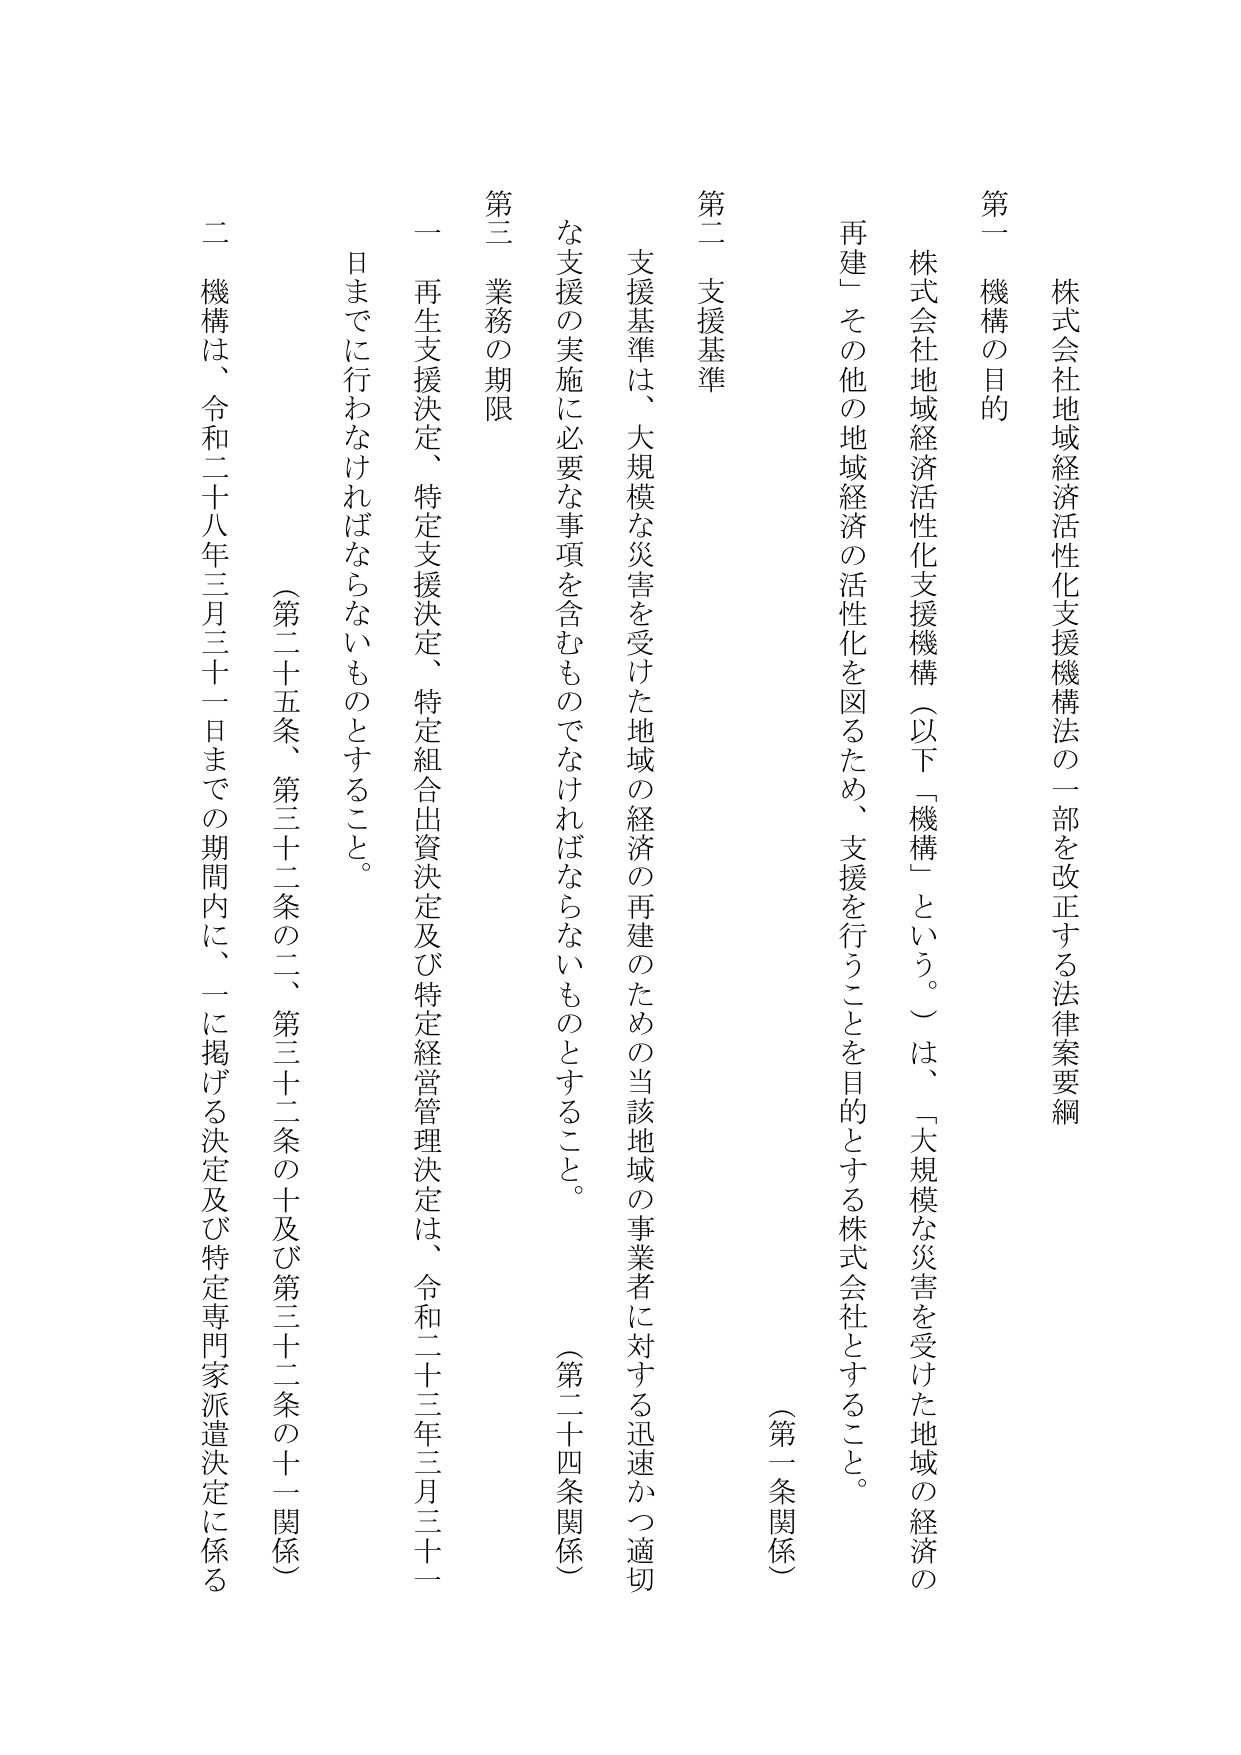
株式会社地域経済活性化支援機構法の一部を改正する法律案要綱

第一 機構の目的

株式会社地域経済活性化支援機構（以下「機構」という。）は、「大規模な災害を受けた地域の経済の再建」その他の地域経済の活性化を図るため、支援を行うことを目的とする株式会社とすること。

（第一条関係）

第二 支援基準

支援基準は、大規模な災害を受けた地域の経済の再建のための当該地域の事業者に対する迅速かつ適切な支援の実施に必要な事項を含むものでなければならないものとすること。

（第二十四条関係）

第三 業務の期限

一 再生支援決定、特定支援決定、特定組合出資決定及び特定経営管理決定は、令和二十三年三月三十一日までに行わなければならないものとすること。

（第二十五条、第三十二条の二、第三十二条の十及び第三十二条の十一関係）

二 機構は、令和二十八年三月三十一日までの期間内に、一に掲げる決定及び特定専門家派遣決定に係る